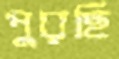
পুরছি